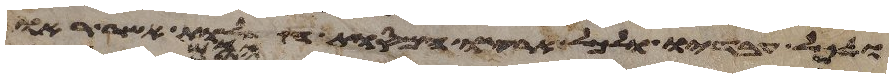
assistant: ולכל עבדיו ולכל ארצו המסות הגדלות אשר ראו